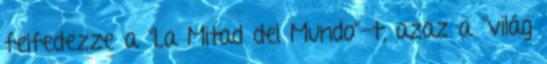
felfedezze a "La Mitad del Mundo”-t, azaz a "világ